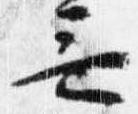
無